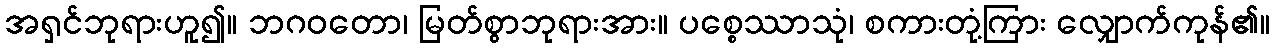
အရှင်ဘုရားဟူ၍။ ဘဂဝတော၊ မြတ်စွာဘုရားအား။ ပစ္စေဿာသုံ၊ စကားတုံ့ကြား လျှောက်ကုန်၏။